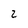
Character: 2